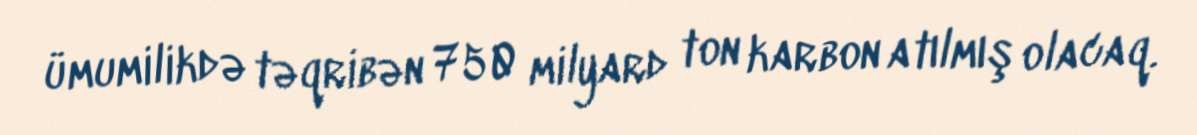
ümumilikdə təqribən 750 milyard ton karbon atılmış olacaq.